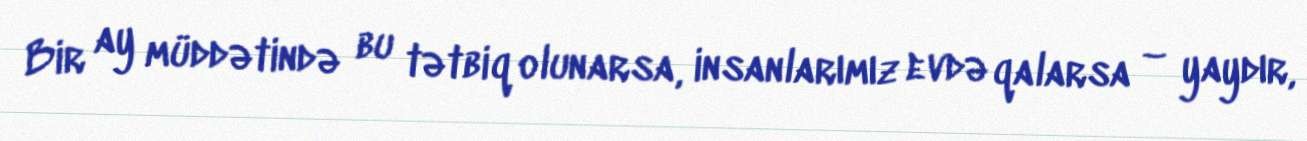
Bir ay müddətində bu tətbiq olunarsa, insanlarımız evdə qalarsa – yaydır,